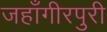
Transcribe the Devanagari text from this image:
जहाँगीरपुरी